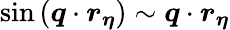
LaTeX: \sin{(\boldsymbol{q}\cdot\boldsymbol{r_{\eta}})}\sim\boldsymbol{q}\cdot\boldsymbol{r_{\eta}}